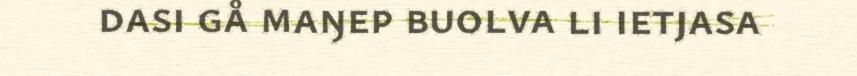
dasi gå maŋep buolva li ietjasa